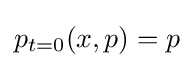
p_{t=0}(x,p)=p